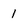
Character: 1